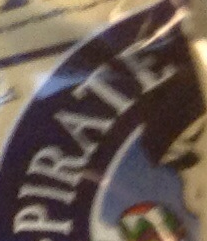
PIRATE